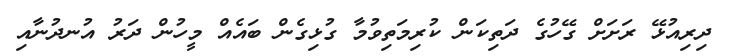
ދިރިއުޅޭ ރަށަށް ގޭހުގެ ދަތިކަން ކުރިމަތިވުމާ ގުޅިގެން ބައެއް މީހުން ދަރު އުނދުނާއި